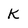
Character: K